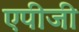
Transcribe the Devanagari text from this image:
एपीजी